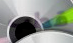
قطب